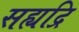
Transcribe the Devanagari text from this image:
सह्यद्रि